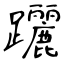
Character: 躧